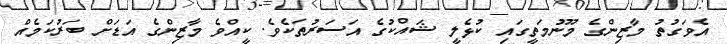
އެވަގުތު މާޒިންގެ މޫނުމަތީގައި ކުޅެލީ ޝައްކުގެ އަސަރުތަކެވެ. ކީއްވެ މާޒިންގެ އަޑަށް ބަރުކަމެއް